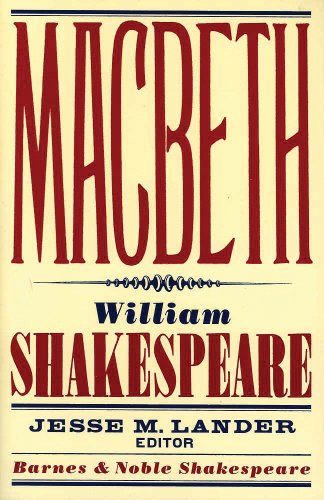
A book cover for Macbeth (Barnes & Noble Shakespeare); William Shakespeare; Literature & Fiction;